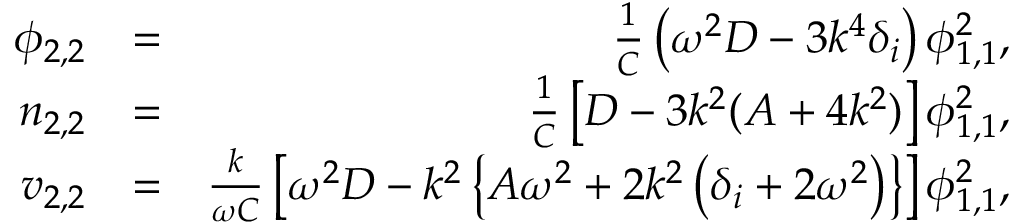
\begin{array} { r l r } { \phi _ { 2 , 2 } } & { = } & { \frac { 1 } { C } \left( \omega ^ { 2 } D - 3 k ^ { 4 } \delta _ { i } \right) \phi _ { 1 , 1 } ^ { 2 } , } \\ { n _ { 2 , 2 } } & { = } & { \frac { 1 } { C } \left[ D - 3 k ^ { 2 } ( A + 4 k ^ { 2 } ) \right] \phi _ { 1 , 1 } ^ { 2 } , } \\ { v _ { 2 , 2 } } & { = } & { \frac { k } { \omega C } \left[ \omega ^ { 2 } D - k ^ { 2 } \left\{ A \omega ^ { 2 } + 2 k ^ { 2 } \left( \delta _ { i } + 2 \omega ^ { 2 } \right) \right\} \right] \phi _ { 1 , 1 } ^ { 2 } , } \end{array}